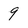
Character: 9